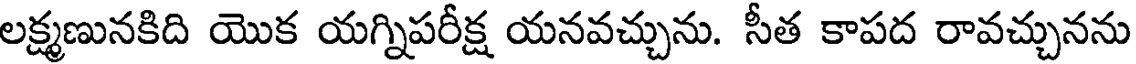
లక్ష్మణునకిది యొక యగ్నిపరీక్ష యనవచ్చును. సీత కాపద రావచ్చునను